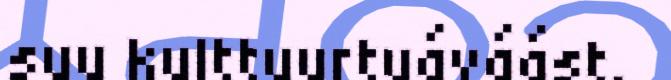
suu kulttuurtuáváást.